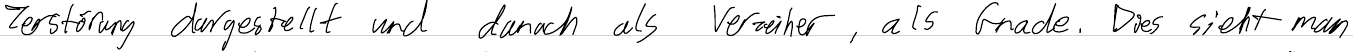
Zerstörung dargestellt und danach als Verzeiher, als Gnade. Dies sieht man